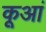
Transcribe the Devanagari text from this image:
कूआं